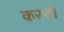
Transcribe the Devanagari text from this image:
करशो